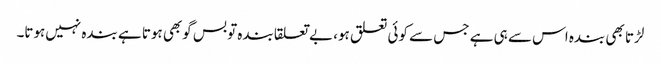
لڑتا بھی بندہ اس سے ہی ہے جس سے کوئی تعلق ہو، بے تعلقا بندہ تو بس گوبھی ہوتا ہے بندہ نہیں‌ہوتا۔